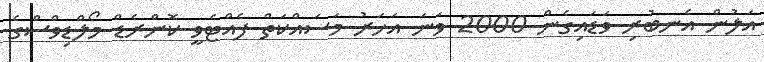
އަލުން އެނބުރި ވަޑައިގެން 2000 ވަނަ އަހަރު މަސައްކަތް ފެއްޓެވީ ކޮންރެޑް މޯލްޑިވްސްގެ